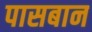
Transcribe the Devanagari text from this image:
पासबान